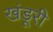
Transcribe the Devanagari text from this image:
खंडूरी